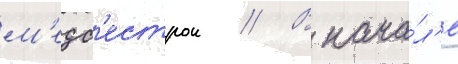
м'едс'естрои // В нача́л'е